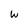
Character: W